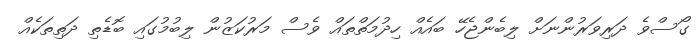
ގޯސްވެ ދަރިވަރުންނަށް ލިބެންޖެހޭ ބައެއް ހިދުމަތްތައް ވެސް މަރުކަޒުން ލިބުމުގައި ބޮޑެތި ދަތިތަކެއް